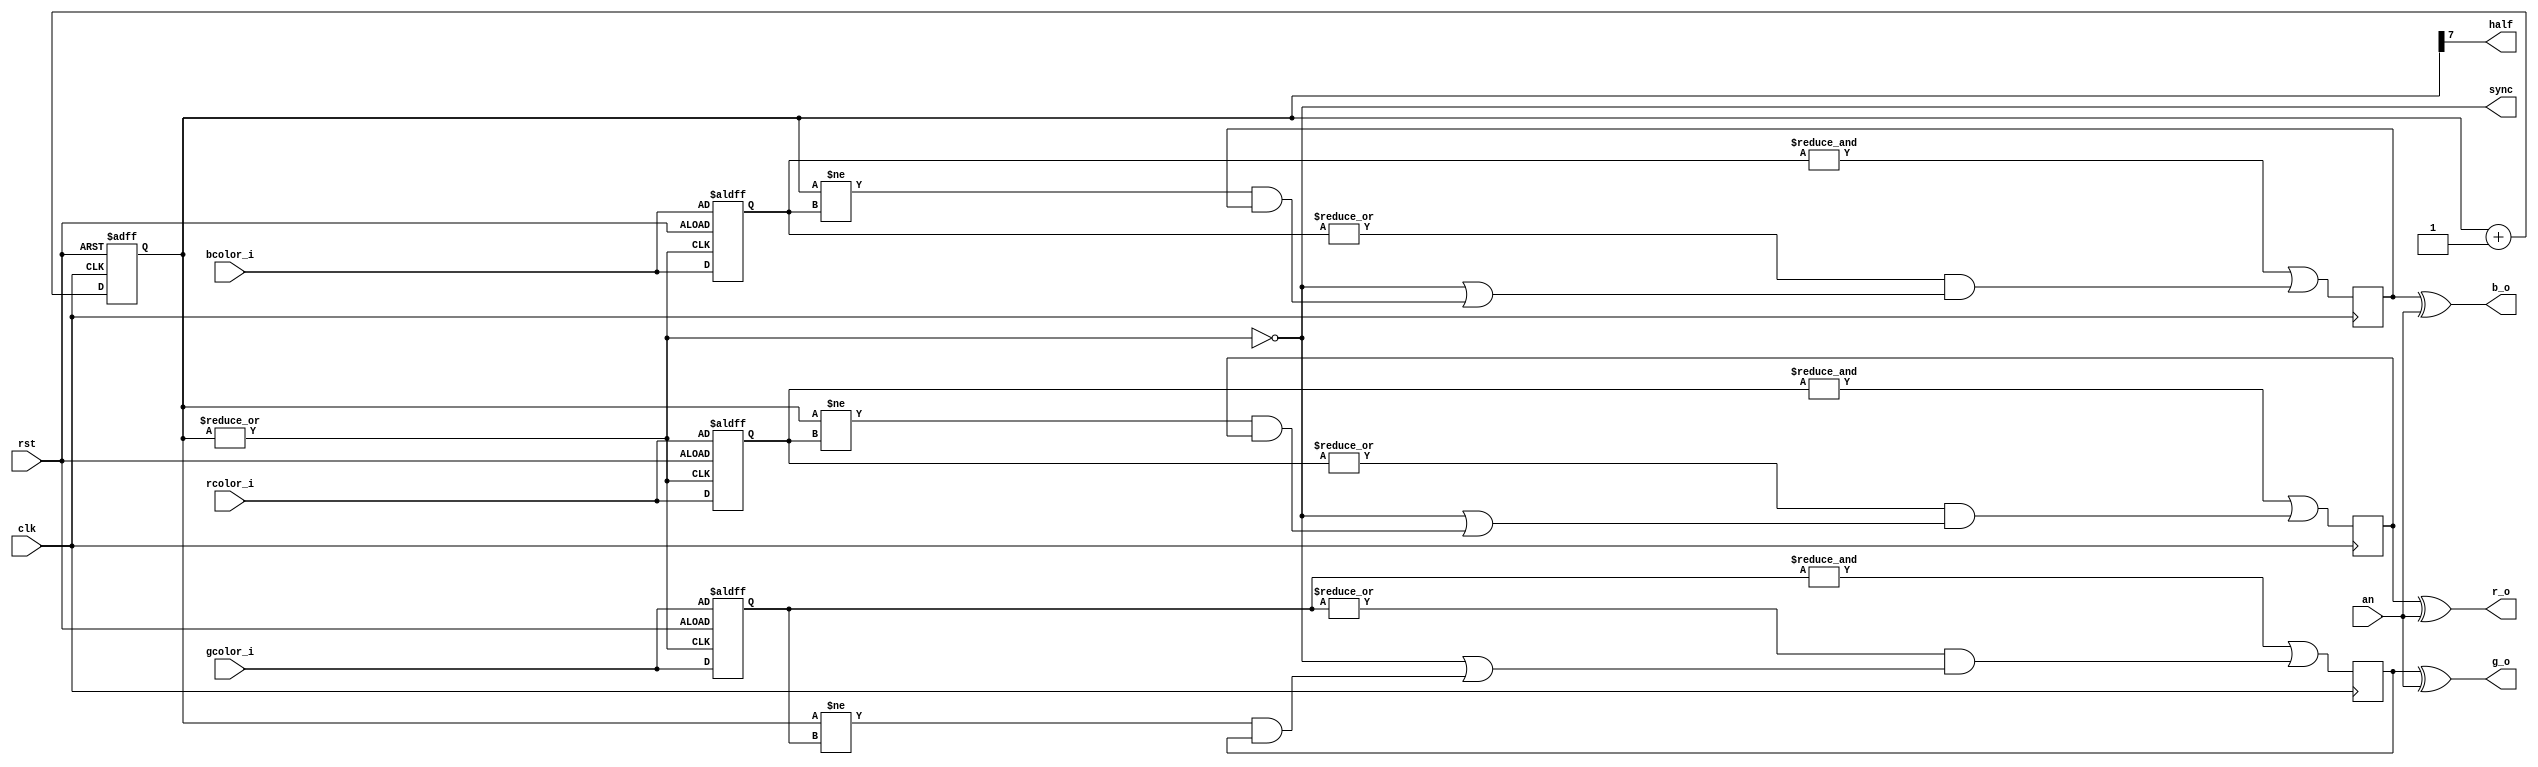
/* ----------------------------------------------------- *
 * Title       : 8bit RGB LED driver                     *
 * Project     : Verilog Utility Modules                 *
 * ----------------------------------------------------- *
 * Last Edit   : 19/01/2021                              *
 * Licence     : CERN-OHL-W                              *
 * ----------------------------------------------------- *
 * Description : Generate PWM signals to control RGB led *
 * ----------------------------------------------------- */

module rgb_led_controller8(clk, rst, rcolor_i, gcolor_i, bcolor_i, sync, half, r_o, g_o, b_o, an);
  input clk, rst;
  output sync, half; //start of a new cycle, second half of the cycle

  input an; //High when connecting to anode, low for cathode

  input [7:0] rcolor_i, gcolor_i, bcolor_i; //Color data ins
  output r_o, g_o, b_o; //Connected to LEDs

  reg [7:0] rcolor_reg, gcolor_reg, bcolor_reg;
  reg red, green, blue;
  reg [7:0] counter;

  assign r_o = red ^ an;
  assign g_o = green ^ an;
  assign b_o = blue ^ an;
  assign half = counter[7]; 
  assign sync = ~|counter;

  //Counter for full cycle
  always @(posedge clk or posedge rst) 
    begin
      if(rst)
        begin
          counter <= 8'd0;
        end
      else
        begin
          counter <= counter + 8'd1;
        end
    end

  //Only change color in new cycles
  always@(posedge sync or posedge rst)
    begin
      if(rst)
        begin
          rcolor_reg <= rcolor_i;
          gcolor_reg <= gcolor_i;
          bcolor_reg <= bcolor_i;
        end
      else
        begin
          rcolor_reg <= rcolor_i;
          gcolor_reg <= gcolor_i;
          bcolor_reg <= bcolor_i;
        end
    end
  
  //Drive LED pins
  always@(posedge clk)
    begin //       All 1s          All 0s         New cycle           Pulse end
        red <= (&rcolor_reg) | ((|rcolor_reg) & ((~|counter) | ((counter != rcolor_reg) & red)));
       blue <= (&bcolor_reg) | ((|bcolor_reg) & ((~|counter) | ((counter != bcolor_reg) & blue)));
      green <= (&gcolor_reg) | ((|gcolor_reg) & ((~|counter) | ((counter != gcolor_reg) & green)));
    end
endmodule//RGB LED controller with 8 bit resolution 

module dimmer(sync, rst, led_i, led_o, brightness, an);
  input rst, an, led_i, sync;
  input [2:0] brightness;
  output led_o;
  wire pass;
  reg [2:0] counter;
  assign led_o = (pass) ? led_i : an;
  assign pass = ~(brightness < counter);
  always@(posedge sync or posedge rst)
    begin
      if(rst)
        begin
          counter <= 3'd0;
        end
      else
        begin
          counter <= counter + 3'd1;
        end
    end
endmodule

module dimmerRGB(sync, rst, rgb_i, rgb_o, brightness, an);
  input rst, an, sync;
  input [2:0] brightness, rgb_i;
  output [2:0] rgb_o;
  wire pass;
  reg [2:0] counter;
  assign rgb_o = (pass) ? rgb_i : {3{an}};
  assign pass = ~(brightness < counter);
  always@(posedge sync or posedge rst)
    begin
      if(rst)
        begin
          counter <= 3'd0;
        end
      else
        begin
          counter <= counter + 3'd1;
        end
    end
endmodule